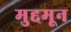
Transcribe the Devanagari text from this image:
मुद्दमून